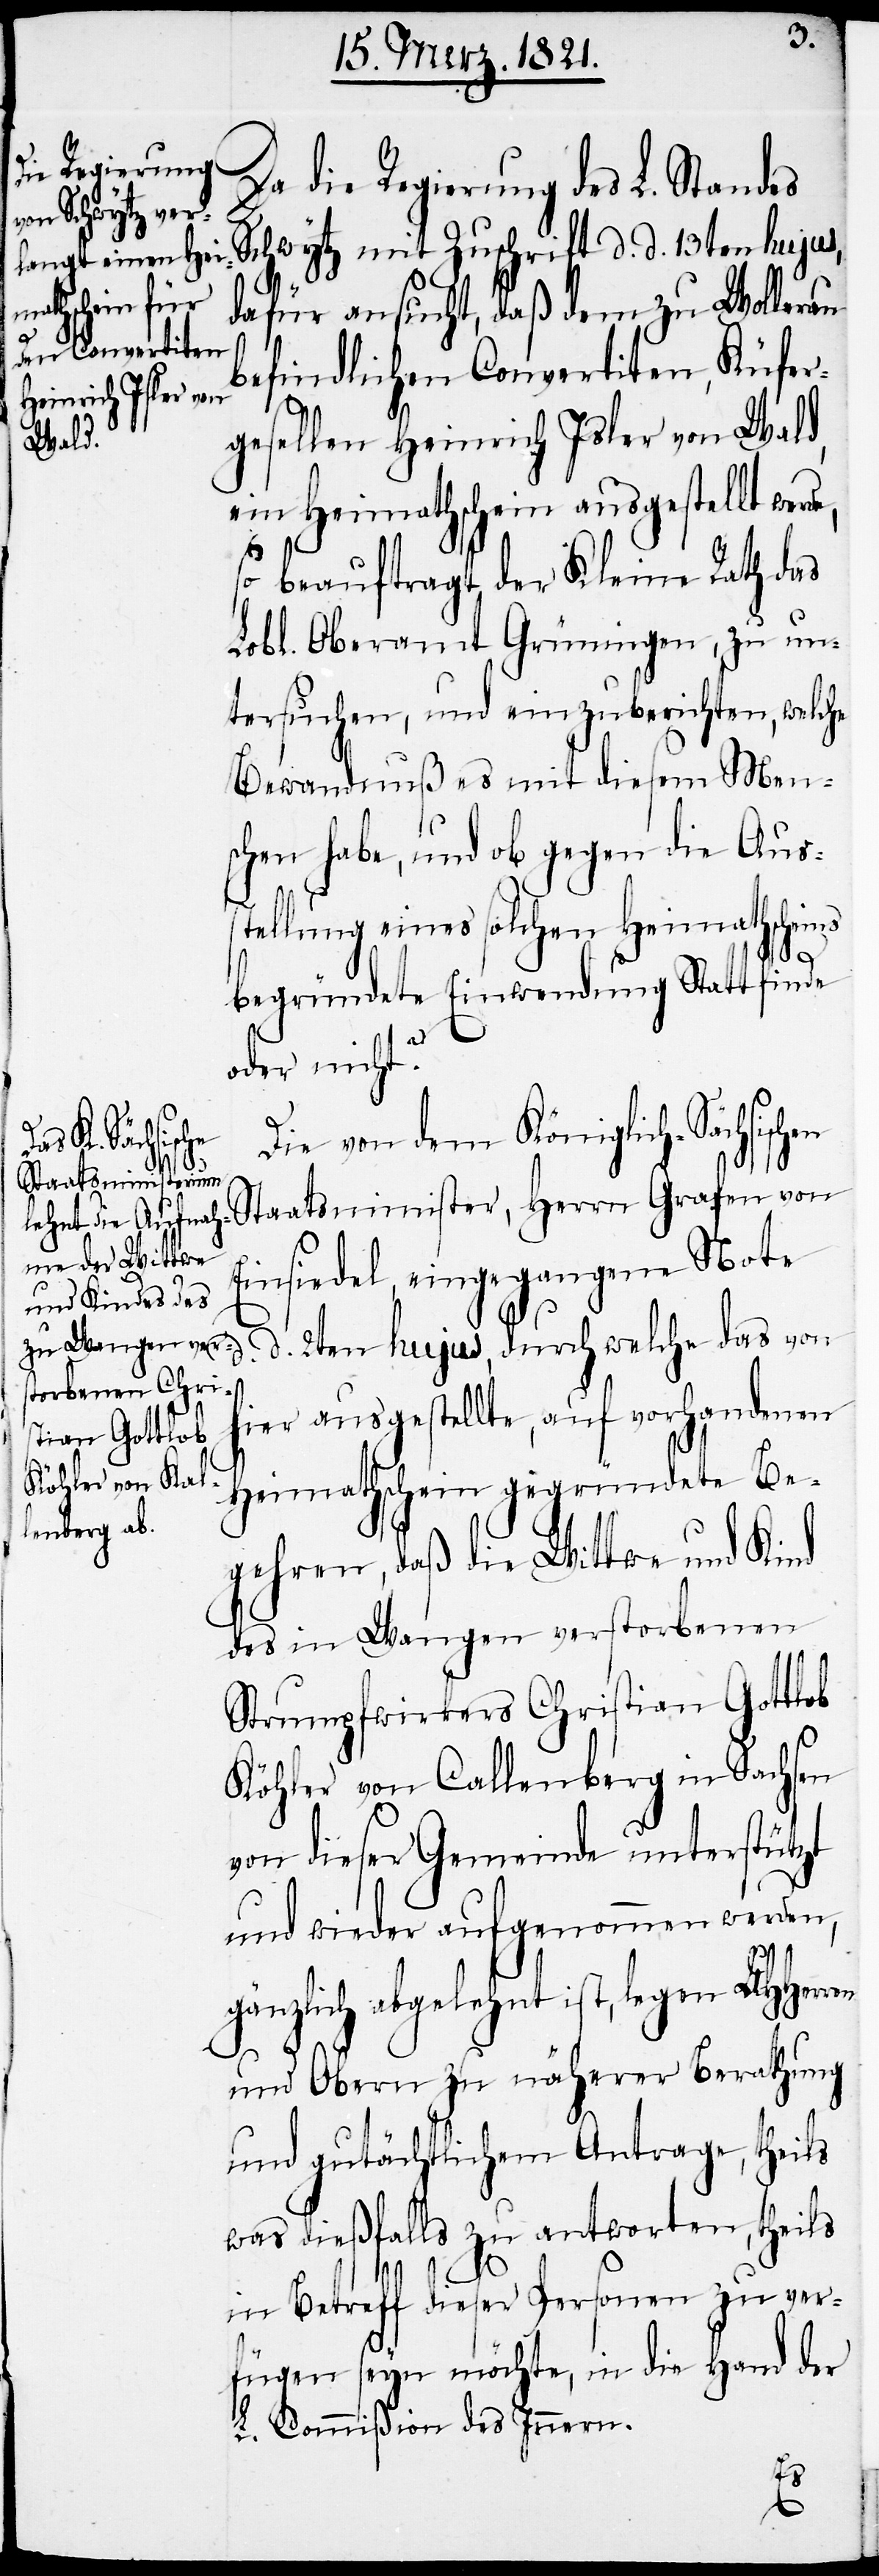
Da die Regierung des L. Standes
Schwytz mit Zuschrift d. d. 13ten hujus,
dafür ansucht, daß dem zu Wollerau
befindlichen Convertiten, Küfer¬
gesellen Heinrich Isler von Wald,
ein Heimathschein ausgestellt werd¬
so beauftragt der Kleine Rath das
Lobl. Oberamt Grüningen, zu un¬
tersuchen, und einzuberichten, welche
Bewandnuß es mit diesem Men¬
schen habe, und ob gegen die Aus¬
stellung eines solchen Heimathscheins
begründete Einwendung Statt finde
oder nicht?
Die von dem Königlich-Sächsischen
Staatsminister, Herrn Grafen von
Einsiedel, eingegangene Note
d. d. 2ten hujus, durch welche das von
hier ausgestellte, auf vorhandenen
Heimathschein gegründete Be¬
gehren, daß die Wittwe und Kind
des in Wangen verstorbenen
Strumpfwirkers Christian Gottlob
Köhler von Callenberg in Sachsen
von dieser Gemeinde unterstützt
und wieder aufgenommen werden,
gänzlich abgelehnt ist, legen UHHerren
und Obern zu näherer Berathung
und gutächtlichem Antrage, theils
was dießfalls zu antworten, theils
in Betreff dieser Personen zu ver¬
fügen seyn möchte, in die Hand der
L. Commißion des Innern.
e,